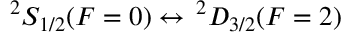
{ } ^ { 2 } S _ { 1 / 2 } ( F = 0 ) \leftrightarrow \, { } ^ { 2 } D _ { 3 / 2 } ( F = 2 )